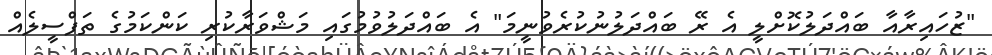
"ޒުހައިރާއާ ބައްދަލުކޮށްލީ އެ ރޭ ބައްދަލުނުކުރެވުނީމަ" އެ ބައްދަލުވުމުގައި މަޝްވަރާކުރި ކަންކަމުގެ ތަފްސީލެއް